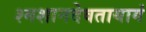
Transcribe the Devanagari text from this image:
श्मशानदेवतायागं